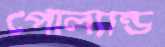
পোল্যান্ড